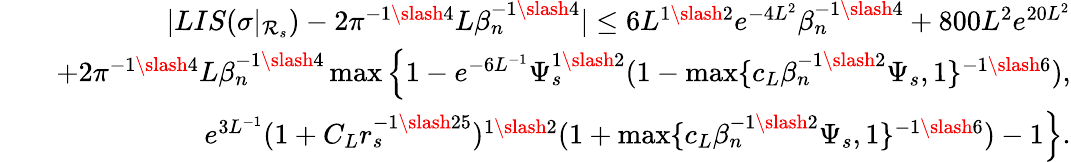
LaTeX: \begin{array}{rlr}&{}&{|LIS(\sigma|_{\mathcal{R}_{s}})-2\pi^{-1\slash 4}L\beta_{n}^{-1\slash 4}|\leq 6L^{1\slash 2}e^{-4L^{2}}\beta_{n}^{-1\slash 4}+800L^{2}e^{20L^{2}}}\\ &{}&{+2\pi^{-1\slash 4}L\beta_{n}^{-1\slash 4}\operatorname*{max}\Big\{ 1-e^{-6L^{-1}}\Psi_{s}^{1\slash 2}(1-\operatorname*{max}\{ c_{L}\beta_{n}^{-1\slash 2}\Psi_{s},1\} ^{-1\slash 6}),}\\ &{}&{\quad\quad e^{3L^{-1}}(1+C_{L}r_{s}^{-1\slash 25})^{1\slash 2}(1+\operatorname*{max}\{ c_{L}\beta_{n}^{-1\slash 2}\Psi_{s},1\} ^{-1\slash 6})-1\Big\} .}\end{array}